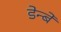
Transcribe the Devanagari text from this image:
डेन्बे